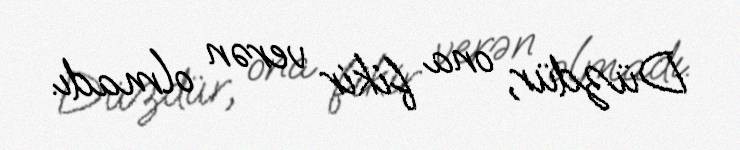
Düzdür, ona fikir verən olmadı.